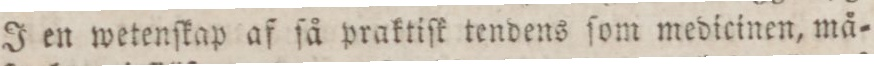
J en wetenſkap af ſå praktiſk tendens ſom medicinen, må=